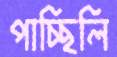
পাচ্ছিলি